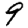
Digit: 9